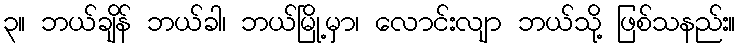
၃။ ဘယ်ချိန် ဘယ်ခါ၊ ဘယ်မြို့မှာ၊ လောင်းလျာ ဘယ်သို့ ဖြစ်သနည်း။